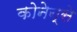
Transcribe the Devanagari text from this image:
कोनेन्से